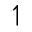
\upharpoonleft